Report of the Indian Hemp Drugs Commission, 1894-1895 - Volume III
Year: 1894
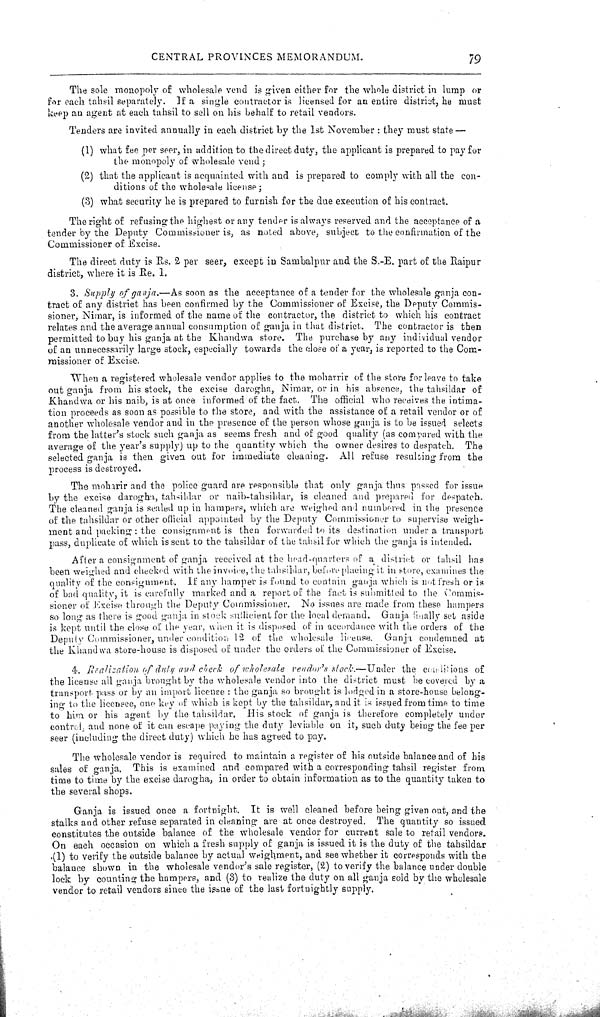
CENTRAL PROVINCES MEMORANDUM.
79
The sole monopoly of wholesale vend is given either for the whole district in lump or
for each tahsil separately. If a single contractor is licensed for an entire district, he must
keep an agent at each tahsil to sell on his behalf to retail vendors.
Tenders are invited annually in each district by the 1st November: they must state—
(1) what fee per seer, in addition to the direct duty, the applicant is prepared to pay for
the monopoly of wholesale vend;
(2) that the applicant is acquainted with and is prepared to comply with all the con-
ditions of the wholesale license;
(3) what security he is prepared to furnish for the due execution of his contract.
The right of refusing the highest or any tender is always reserved and the acceptance of a
tender by the Deputy Commissioner is, as noted above, subject to the confirmation of the
Commissioner of Excise.
The direct duty is Rs. 2 per seer, except in Sambalpur and the S.-E. part of the Raipur
district, where it is Re. 1.
3. Supply of ganja.—As soon as the acceptance of a tender for the wholesale ganja con-
tract of any district has been confirmed by the Commissioner of Excise, the Deputy Commis-
sioner, Nimar, is informed of the name of the contractor, the district to which his contract
relates and the average annual consumption of ganja in that district. The contractor is then
permitted to buy his ganja at the Khandwa store. The purchase by any individual vendor
of an unnecessarily large stock, especially towards the cl ose of a year, is reported to the Com-
missioner of Excise.
When a registered wholesale vendor applies to the moharrir of the store for leave to take
out ganja from his stock, the excise darogha, Nimar, or in his absence, the tahsildar of
Khandwa or his naib, is at once informed of the fact. The official who receives the intima-
tion proceeds as soon as possible to the store, and with the assistance of a retail vendor or of
another wholesale vendor and in the presence of the person whose ganja is to be issued selects
from the latter's stock such ganja as seems fresh and of good quality (as compared with the
average of the year's supply) up to the quantity which the owner desires to despatch. The
selected ganja is then given out for immediate cleaning. All refuse resulting from the
process is destroyed.
The moharir and the police guard are responsible that only ganja thus passed for issue
by the excise darogha, tahsildar or naib-tahsildar, is cleaned and prepared for despatch.
The cleaned ganja is sealed up in hampers, which are weighed and numbered in the presence
of the tahsildar or other official appointed by the Deputy Commissioner to supervise weigh-
ment and packing: the consignment is then forwarded to its destination under a transport
pass, duplicate of which is sent to the tahsildar of the tahsil for which the ganja is intended.
After a consignment of ganja received at the head-quarters of a district or tahsil has
been weighed and checked with the invoice, the tahsildar, before placing it in store, examines the
quality of the consignment. If any hamper is found to contain ganja which is not fresh or is
of bad quality, it is carefully marked and a report of the fact is submitted to the Commis-
sioner of Excise through the Deputy Commissioner. No issues are made from these hampers
so long as there is good ganja in stock sufficient for the local demand. Ganja finally set aside
is kept until the close of the year, when it is disposed of in accordance with the orders of the
Deputy Commissioner, under condition 12 of the wholesale license. Ganja condemned at
the Khandwa store-house is disposed of under the orders of the Commissioner of Excise.
4. Realization of duty and check of wholesale vendor's stock.—Under the conditions of
the license all ganja brought by the wholesale vendor into the district must be covered by a
transport pass or by an import license: the ganja so brought is lodged in a store-house belong-
ing to the licensee, one key of which is kept by the tahsildar, and it is issued from time to time
to him or his agent by the tahsildar. His stock of ganja is therefore completely under
control, and none of it can escape paying the duty leviable on it, such duty being the fee per
seer (including the direct duty) which he has agreed to pay.
The wholesale vendor is required to maintain a register of his outside balance and of his
sales of ganja. This is examined and compared with a corresponding tahsil register from
time to time by the excise darogha, in order to obtain information as to the quantity taken to
the several shops.
Ganja is issued once a fortnight. It is well cleaned before being given out, and the
stalks and other refuse separated in cleaning are at once destroyed. The quantity so issued
constitutes the outside balance of the wholesale vendor for current sale to retail vendors.
On each occasion on which a fresh supply of ganja is issued it is the duty of the tahsildar
(1) to verify the outside balance by actual weighment, and see whether it corresponds with the
balance shown in the wholesale vendor's sale register, (2) to verify the balance under double
lock by counting the hampers, and (3) to realize the duty on all ganja sold by the wholesale
vendor to retail vendors since the issue of the last fortnightly supply.